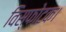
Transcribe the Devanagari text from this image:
विस्फोटक।